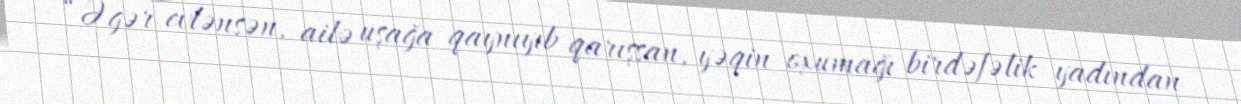
“Əgər evlənsən, ailə uşağa qaynıyıb qarışsan, yəqin oxumağı birdəfəlik yadından